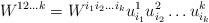
\begin{align*} W^{12\ldots k} = W^{i_1i_2\ldots i_k} u^1_{i_1}u^2_{i_2}\ldots u^k_{i_k}\end{align*}